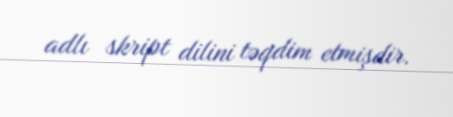
adlı skript dilini təqdim etmişdir.